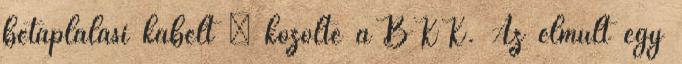
betáplálási kábelt – közölte a BKK. Az elmúlt egy